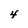
Character: 4